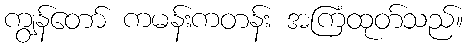
ကျွန်တော် ကမန်းကတန်း အကြံထုတ်သည်။